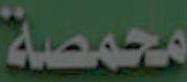
محمصة